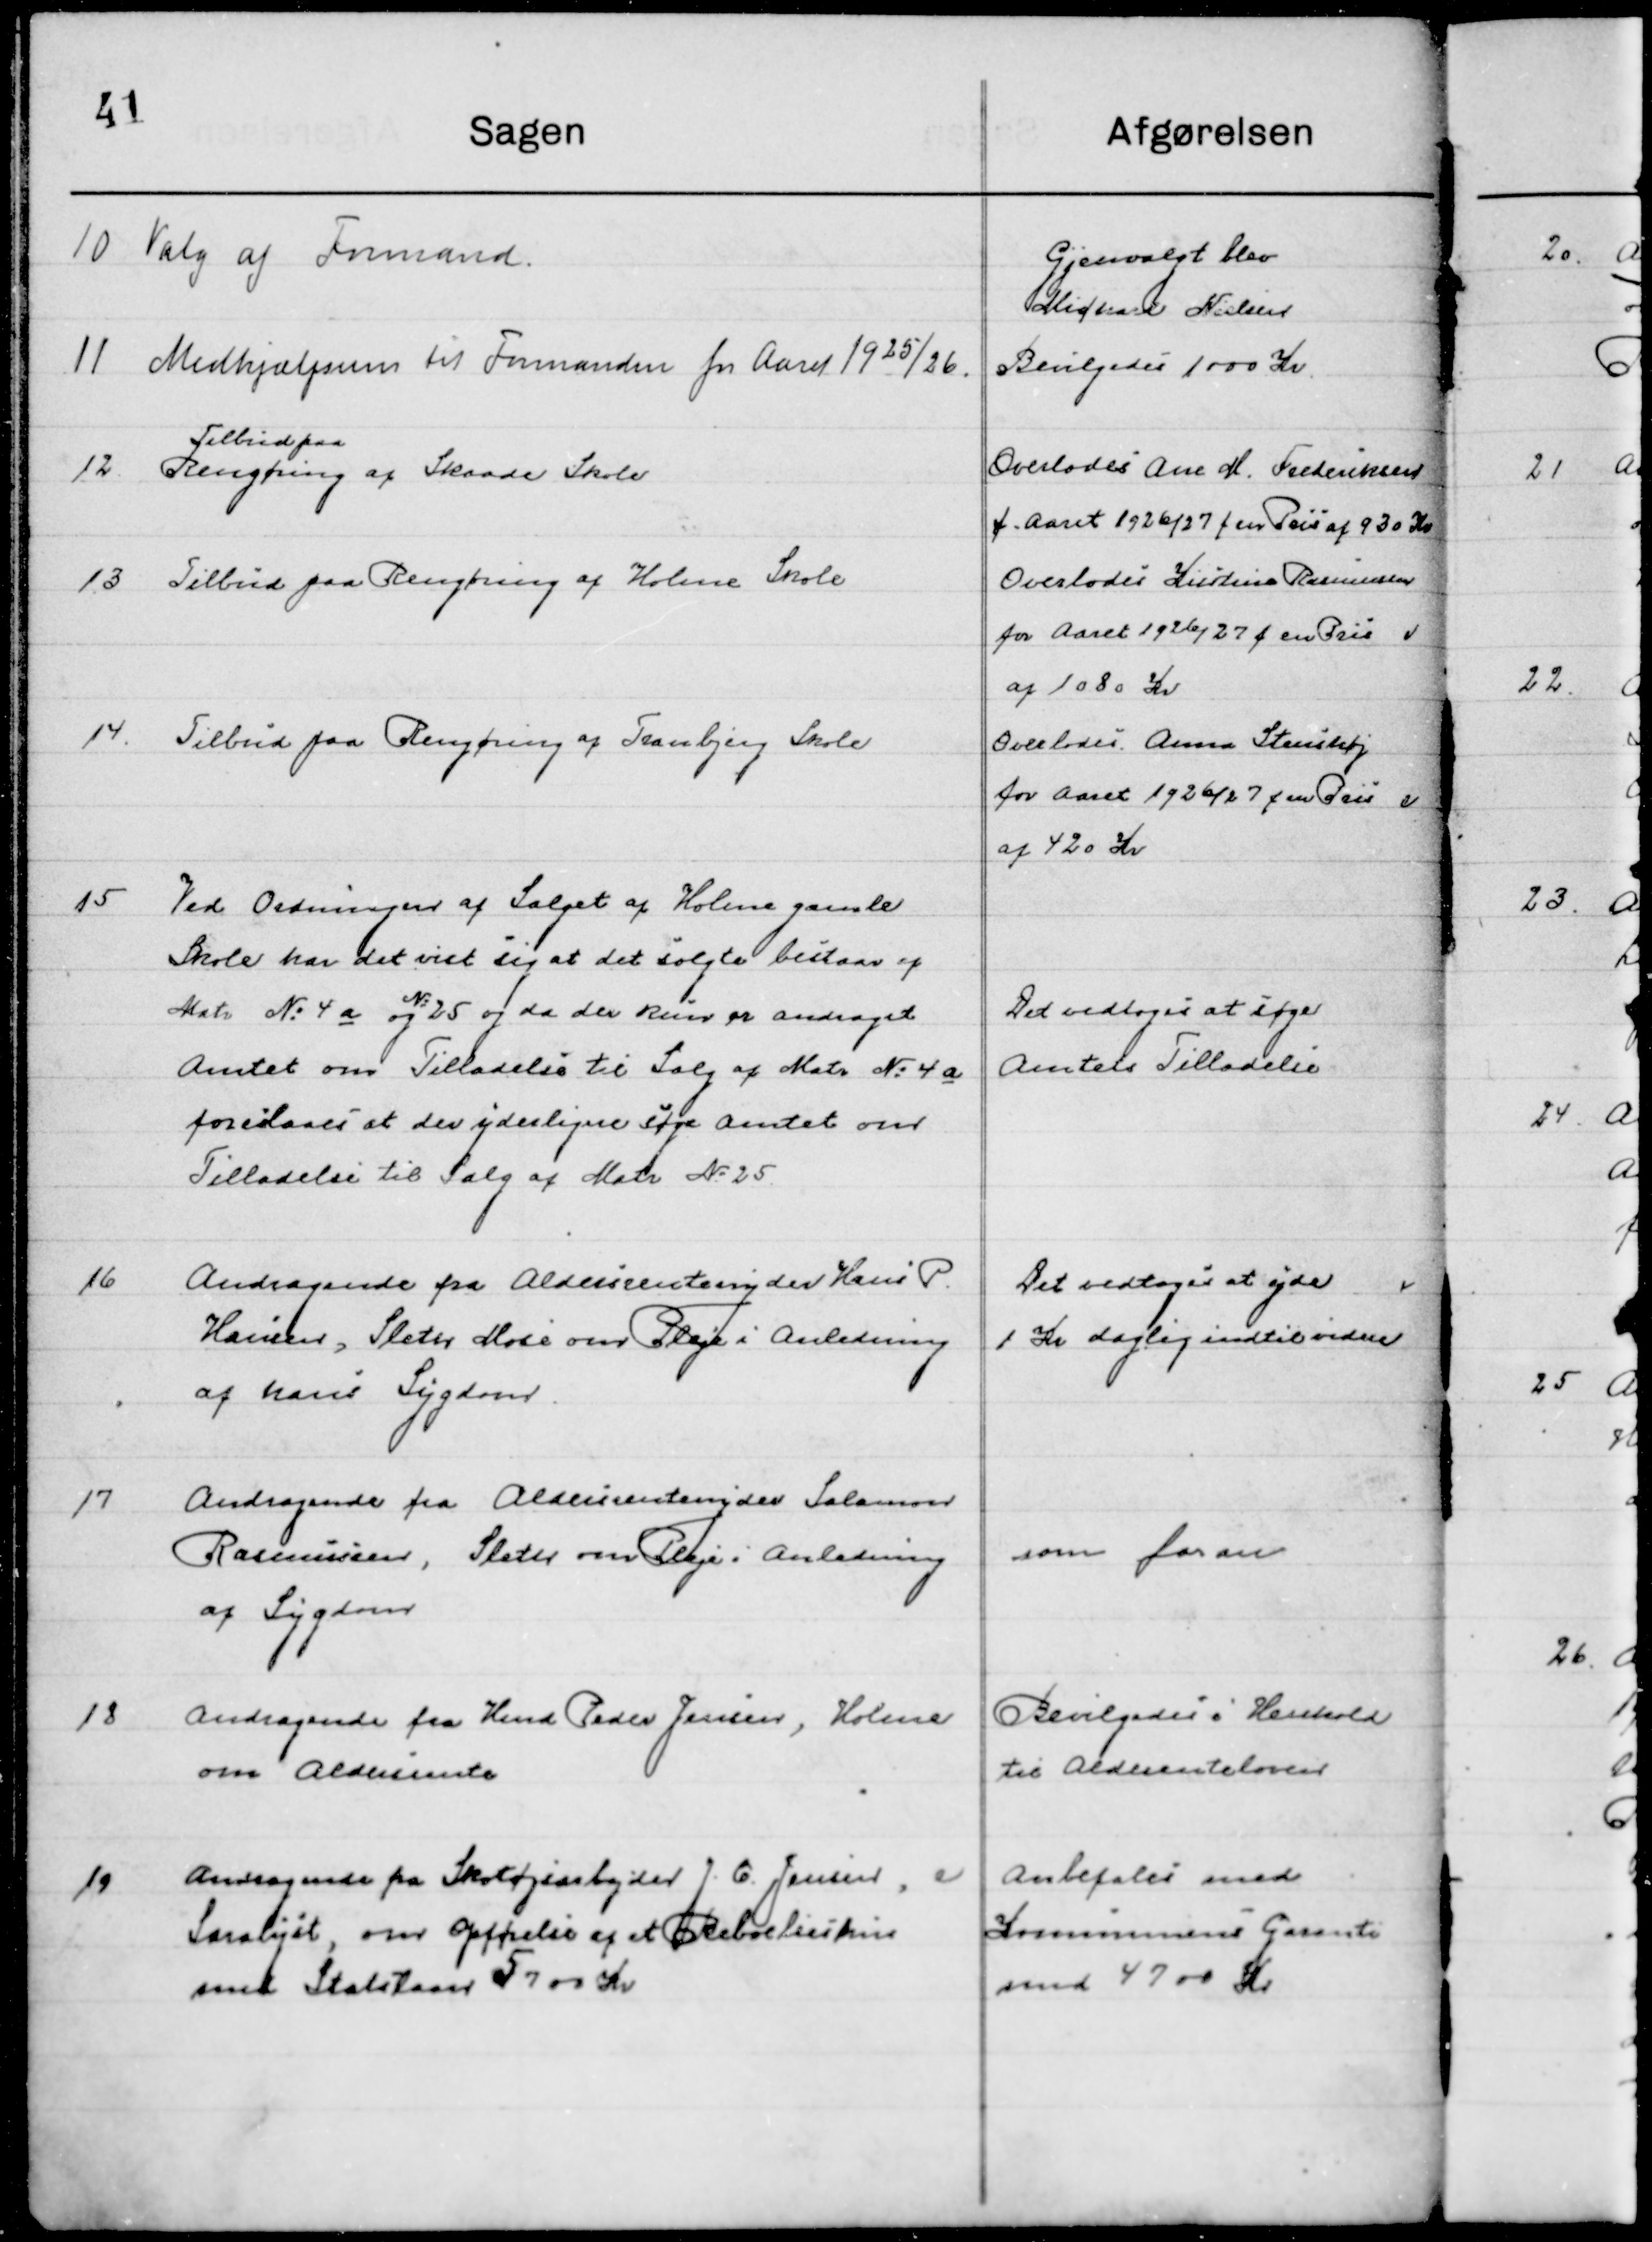
Transskription:
10

Valg af Formand

Genvalgt blev 
Michael Nielsen

11

Medhjælpersum til Formanden for Aaret 1925/26

Bevilgedes 1000 Kr.

12

Tilbud paa 
Rengøring af Skaade Skole

Overlodes Ane M. Frederiksen
f. Aaret 1926/27 f. en Pris af 930 Kr.

13

Tilbud paa Rengøring af Holme Skole

Overlodes Kirstine Rasmussen 
f. Aaret 1926/27 f. en Pris 
af 1080 Kr.

14

Tilbud paa Rengøring af Tranbjerg Skole

Overlodes Anna Stenshøj
for Aaret 1926/27 f. en Pris  
af 420 Kr.

15

Ved Ordningen af Salget af Holme gamle
Skole har det vist sig at det solgte bestaar af
Matr. No. 4 a og No. 25 og da de kun ser andraget
Amtet om Tilladelse til Salg af Matr. No. 4 a
foreslaar at der yderligere søges Amtet om
Tilladelse til Salg af Matr. No. 25

Det vedtoges at søge 
Amtets Tilladelse

16

Andragende fra Aldersrenteydere Hans P.
Hansen, Sleter Mose om Pleje i Anledning 
af hans Sygdom.

Det vedtoges at yde
1 Kr. daglig indtil videre

17

Andragende fra Aldersrentenyder Salamon
Rasmussen, Sleter om Pleje i Anledning 
af hans Sygdom.

som foran

18

Andragende fra Hmd. Peder Jensen, Holme
om Aldersrente.

Bevilgedes i Henhold
til Aldersrenteloven

19

Andragende fra Skotøjsarbejder J. C. Jensen
Saralyst, om Opførelse af et Beboelseshus
med Statslaan 5700 Kr.

Anbefales med
Kommunens Garanti
med 4700 Kr.